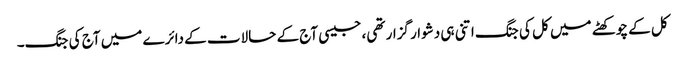
کل کے چوکھٹے میں کل کی جنگ اتنی ہی دشوار گزار تھی، جیسی آج کے حالات کے دائرے میں آج کی جنگ۔